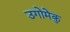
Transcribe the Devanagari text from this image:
उगोमेकु